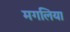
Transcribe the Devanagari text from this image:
मगलिया